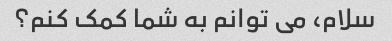
سلام، می توانم به شما کمک کنم؟